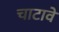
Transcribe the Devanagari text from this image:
चाटावे